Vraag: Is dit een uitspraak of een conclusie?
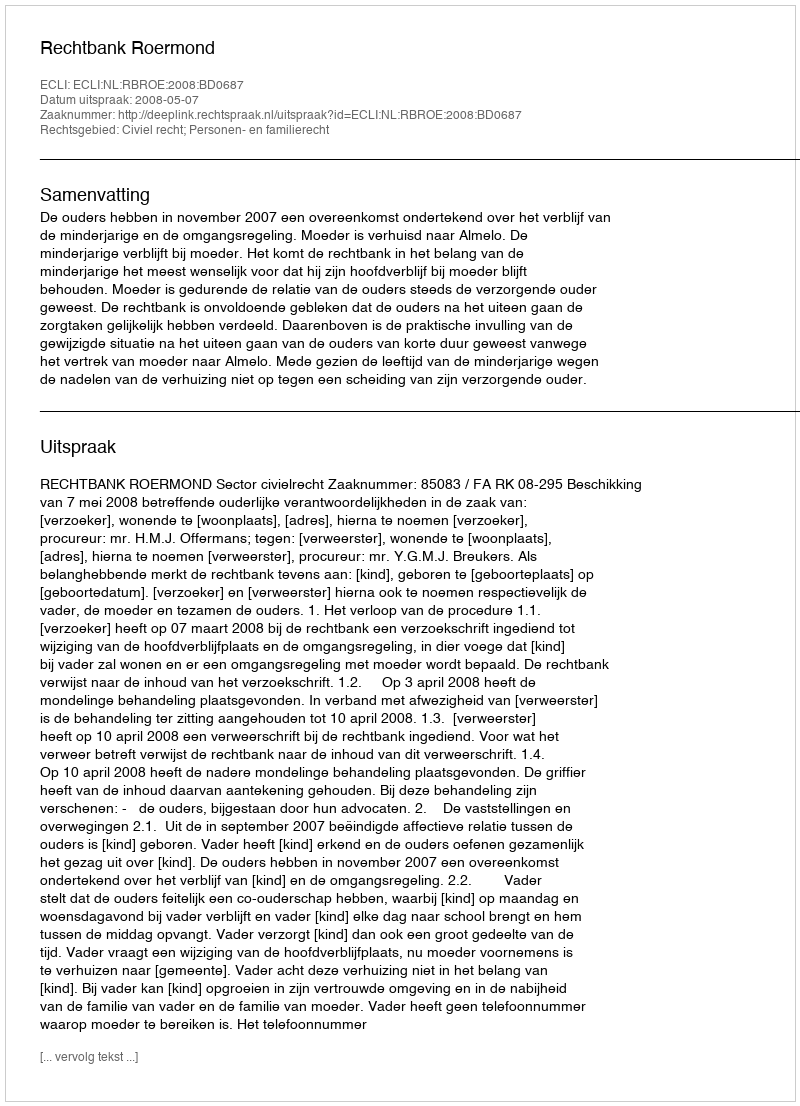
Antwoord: Uitspraak